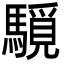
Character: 䮭